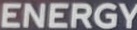
ENERGY